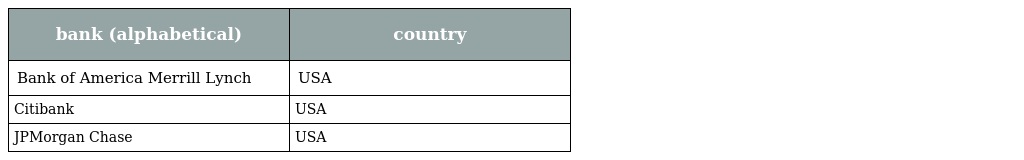
| bank (alphabetical) | country |
 | --- | --- |
 | Bank of America Merrill Lynch | USA |
 | Citibank | USA |
 | JPMorgan Chase | USA |